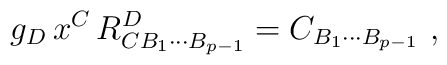
g_D\,x^C\,R^D_{CB_1\cdots B_{p-1}}= C_{B_1\cdots B_{p-1}}\ ,